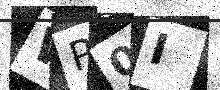
Text: WP0I